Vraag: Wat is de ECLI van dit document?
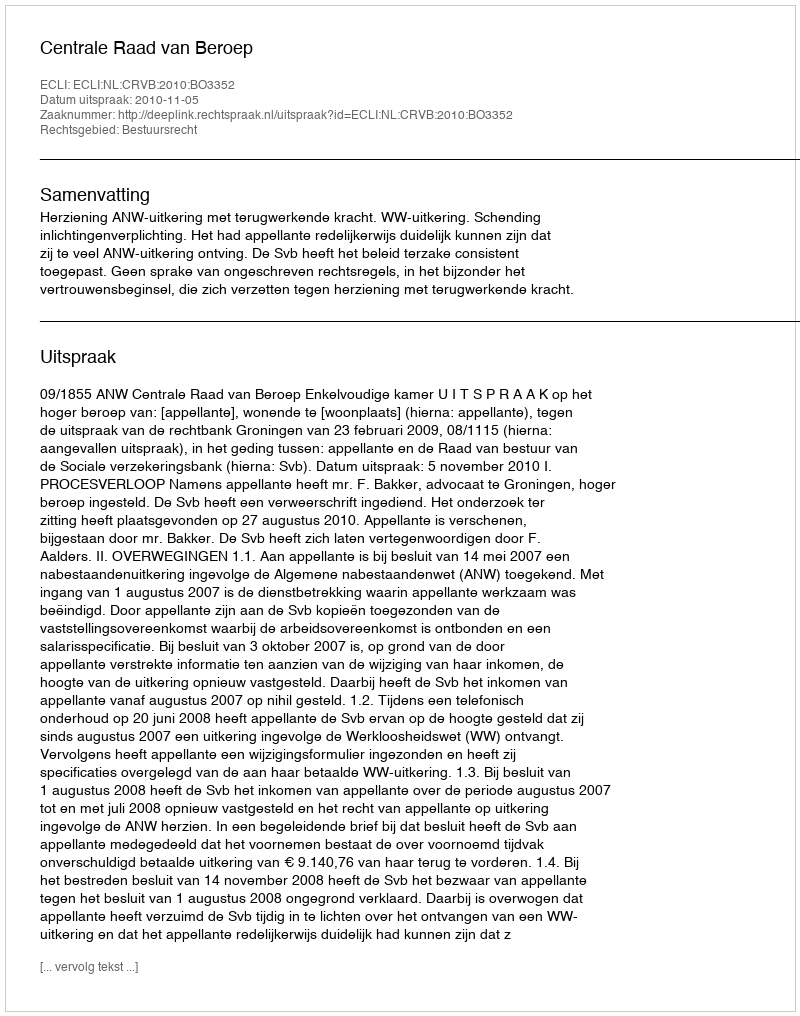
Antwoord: ECLI:NL:CRVB:2010:BO3352